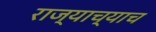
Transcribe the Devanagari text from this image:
राज्याच्याच